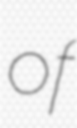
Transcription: of